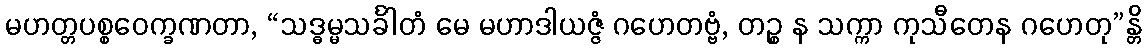
မဟတ္တပစ္စဝေက္ခဏတာ, “သဒ္ဓမ္မသင်္ခါတံ မေ မဟာဒါယဇ္ဇံ ဂဟေတဗ္ဗံ, တဉ္စ န သက္ကာ ကုသီတေန ဂဟေတု”န္တိ